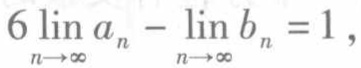
$\lim\limits_{n \to \infty}a_{n}- \lim\limits_{n \to \infty}b_{n}=1,$